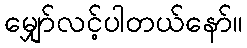
မျှော်လင့်ပါတယ်နော်။